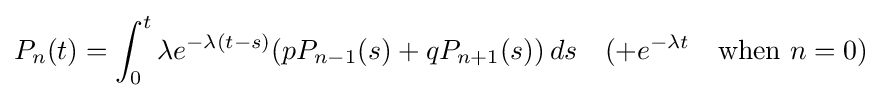
P_{n}(t)=\int _{0}^{t}\lambda e^{-\lambda (t-s)}(pP_{n-1}(s)+qP_{n+1}(s))\,ds\quad (+e^{-\lambda t}\quad {\text{when}}\ n=0)